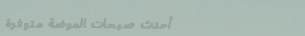
أحدث صيحات الموضة متوفرة